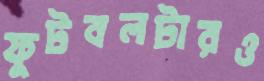
ফুটবলটারও